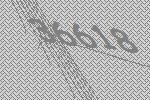
36618